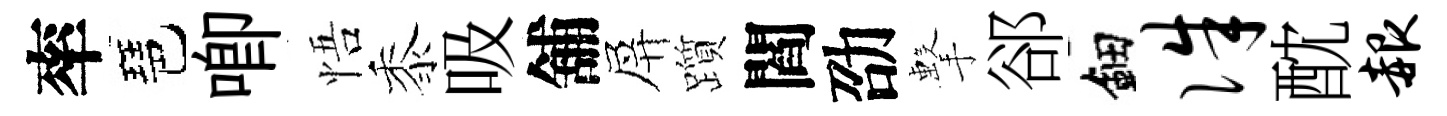
率琶唧悟黍吸舖屏躓閻劭擊郤鈿侏酖赧